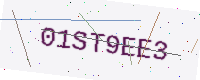
Text: 01ST9EE3